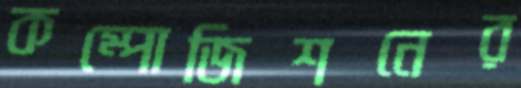
কম্পোজিশনের